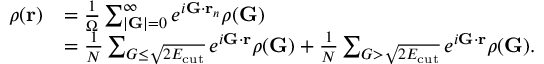
\begin{array} { r l } { \rho ( \mathbf { r } ) } & { = \frac { 1 } { \Omega } \sum _ { | \mathbf { G } | = 0 } ^ { \infty } e ^ { i \mathbf { G } \cdot \mathbf { r } _ { n } } \rho ( \mathbf { G } ) } \\ & { = \frac { 1 } { N } \sum _ { G \leq \sqrt { 2 E _ { \mathrm { c u t } } } } e ^ { i \mathbf { G } \cdot \mathbf { r } } \rho ( \mathbf { G } ) + \frac { 1 } { N } \sum _ { G > \sqrt { 2 E _ { \mathrm { c u t } } } } e ^ { i \mathbf { G } \cdot \mathbf { r } } \rho ( \mathbf { G } ) . } \end{array}